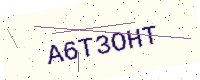
Text: A6T3OHT